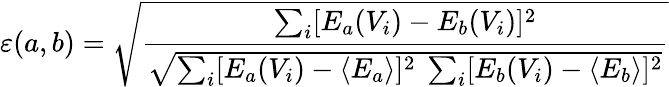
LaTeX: \varepsilon(a,b)=\sqrt{\frac{\sum_{i}[E_{a}(V_{i})-E_{b}(V_{i})]^{2}}{\sqrt{\sum_{i}[E_{a}(V_{i})-\langle E_{a}\rangle]^{2}~\sum_{i}[E_{b}(V_{i})-\langle E_{b}\rangle]^{2}}}}